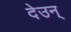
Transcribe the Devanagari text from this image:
देउन्